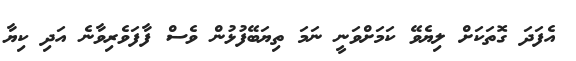
އެފަދަ ގޮތަކަށް ލިޔެވޭ ކަމަށްވަނީ ނަމަ ތިޔަބޭފުޅުން ވެސް ފާފަވެރިވާނެ އަދި ކިޔާ